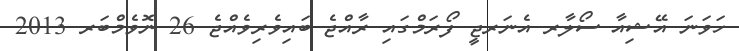
ހަވަނަ އޭޝިއާ ސޯލާރ އެނަރޖީ ފޯރަމްގައި ރާއްޖެ ބައިވެރިވެއްޖެ 26 ނޮވެމްބަރ 2013